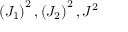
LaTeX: \left( J _ { 1 } \right) ^ { 2 } , \left( J _ { 2 } \right) ^ { 2 } , J ^ { 2 }